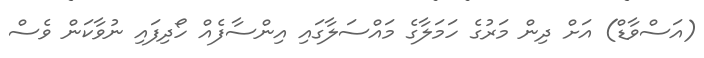
(އަސްވާޑް) އަށް ދިން މަރުގެ ހަމަލާގެ މައްސަލާގައި އިންސާފެއް ހޯދިފައި ނުވާކަން ވެސް